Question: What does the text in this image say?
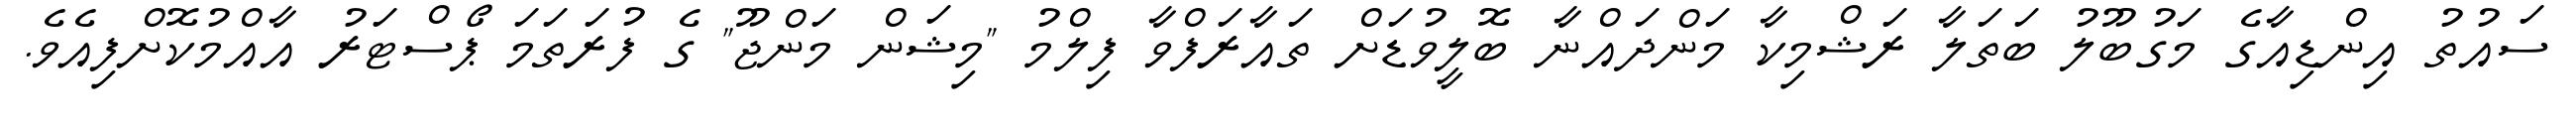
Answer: ސައުތު އިންޑިއާގެ މަގުބޫލު ބަތަލާ ރަޝްމިކާ މަންދައްނާ ބޮލީވުޑަށް ތައާރަފްވާ ފިލްމު "މިޝަން މަންޖޫ" ގެ ފުރަތަމަ ޕޯސްޓަރު އާއްމުކޮށްފިއެވެ.